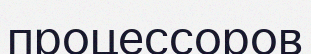
процессоров